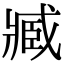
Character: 臧